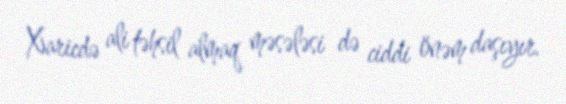
Xaricdə ali təhsil almaq məsələsi də ciddi önəm daşıyır.